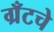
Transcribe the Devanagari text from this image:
ग्रँटचे